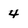
Character: 4